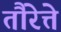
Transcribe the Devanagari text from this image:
तौरेत्ते